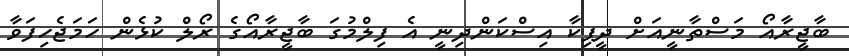
ބާޖީރާއޯ މަސްތާނީއަށް ދީޕިކާ އިސްކަންދިނީ އެ ފިލްމުގަ ބާޖީރާއޯގެ ރޯލް ކުޅެން ހަމަޖެހިފަވާ